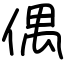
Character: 偶